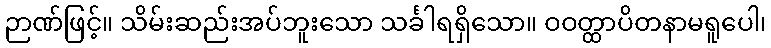
ဉာဏ်ဖြင့်။ သိမ်းဆည်းအပ်ဘူးသော သင်္ခါရရှိသော။ ဝဝတ္ထာပိတနာမရူပေါ၊